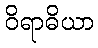
ဝိရာဓိယာ